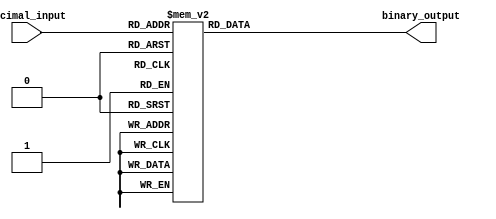
module DecimalToBinaryEncoder (
    input wire [3:0] decimal_input,  // 4-bit input for decimal digit (0-9)
    output reg [3:0] binary_output    // 4-bit output for binary equivalent
);

always @(*) begin
    // Default output to 0000 for invalid inputs
    binary_output = 4'b0000;

    case (decimal_input)
        4'b0000: binary_output = 4'b0000; // 0
        4'b0001: binary_output = 4'b0001; // 1
        4'b0010: binary_output = 4'b0010; // 2
        4'b0011: binary_output = 4'b0011; // 3
        4'b0100: binary_output = 4'b0100; // 4
        4'b0101: binary_output = 4'b0101; // 5
        4'b0110: binary_output = 4'b0110; // 6
        4'b0111: binary_output = 4'b0111; // 7
        4'b1000: binary_output = 4'b1000; // 8
        4'b1001: binary_output = 4'b1001; // 9
        default: binary_output = 4'b0000; // Invalid input (10-15)
    endcase
end

endmodule